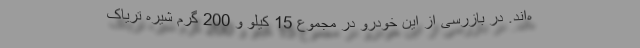
ه‌اند. در بازرسی از این خودرو در مجموع 15 کیلو و 200 گرم شیره تریاک